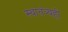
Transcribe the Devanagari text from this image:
स्वातंत्र्यही